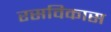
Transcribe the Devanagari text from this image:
रसविकास